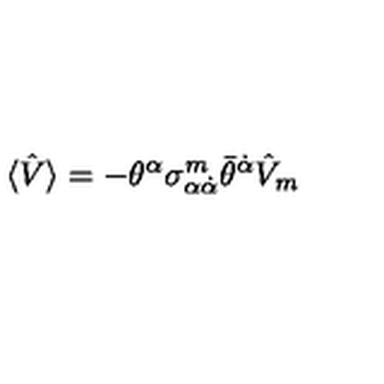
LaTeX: \langle \hat { V } \rangle = - \theta ^ { \alpha } \sigma _ { \alpha \dot { \alpha } } ^ { m } \bar { \theta } ^ { \dot { \alpha } } \hat { V } _ { m }